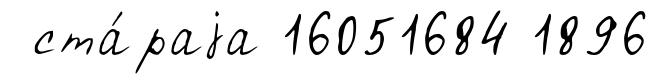
ста́раjа 16051684 1896